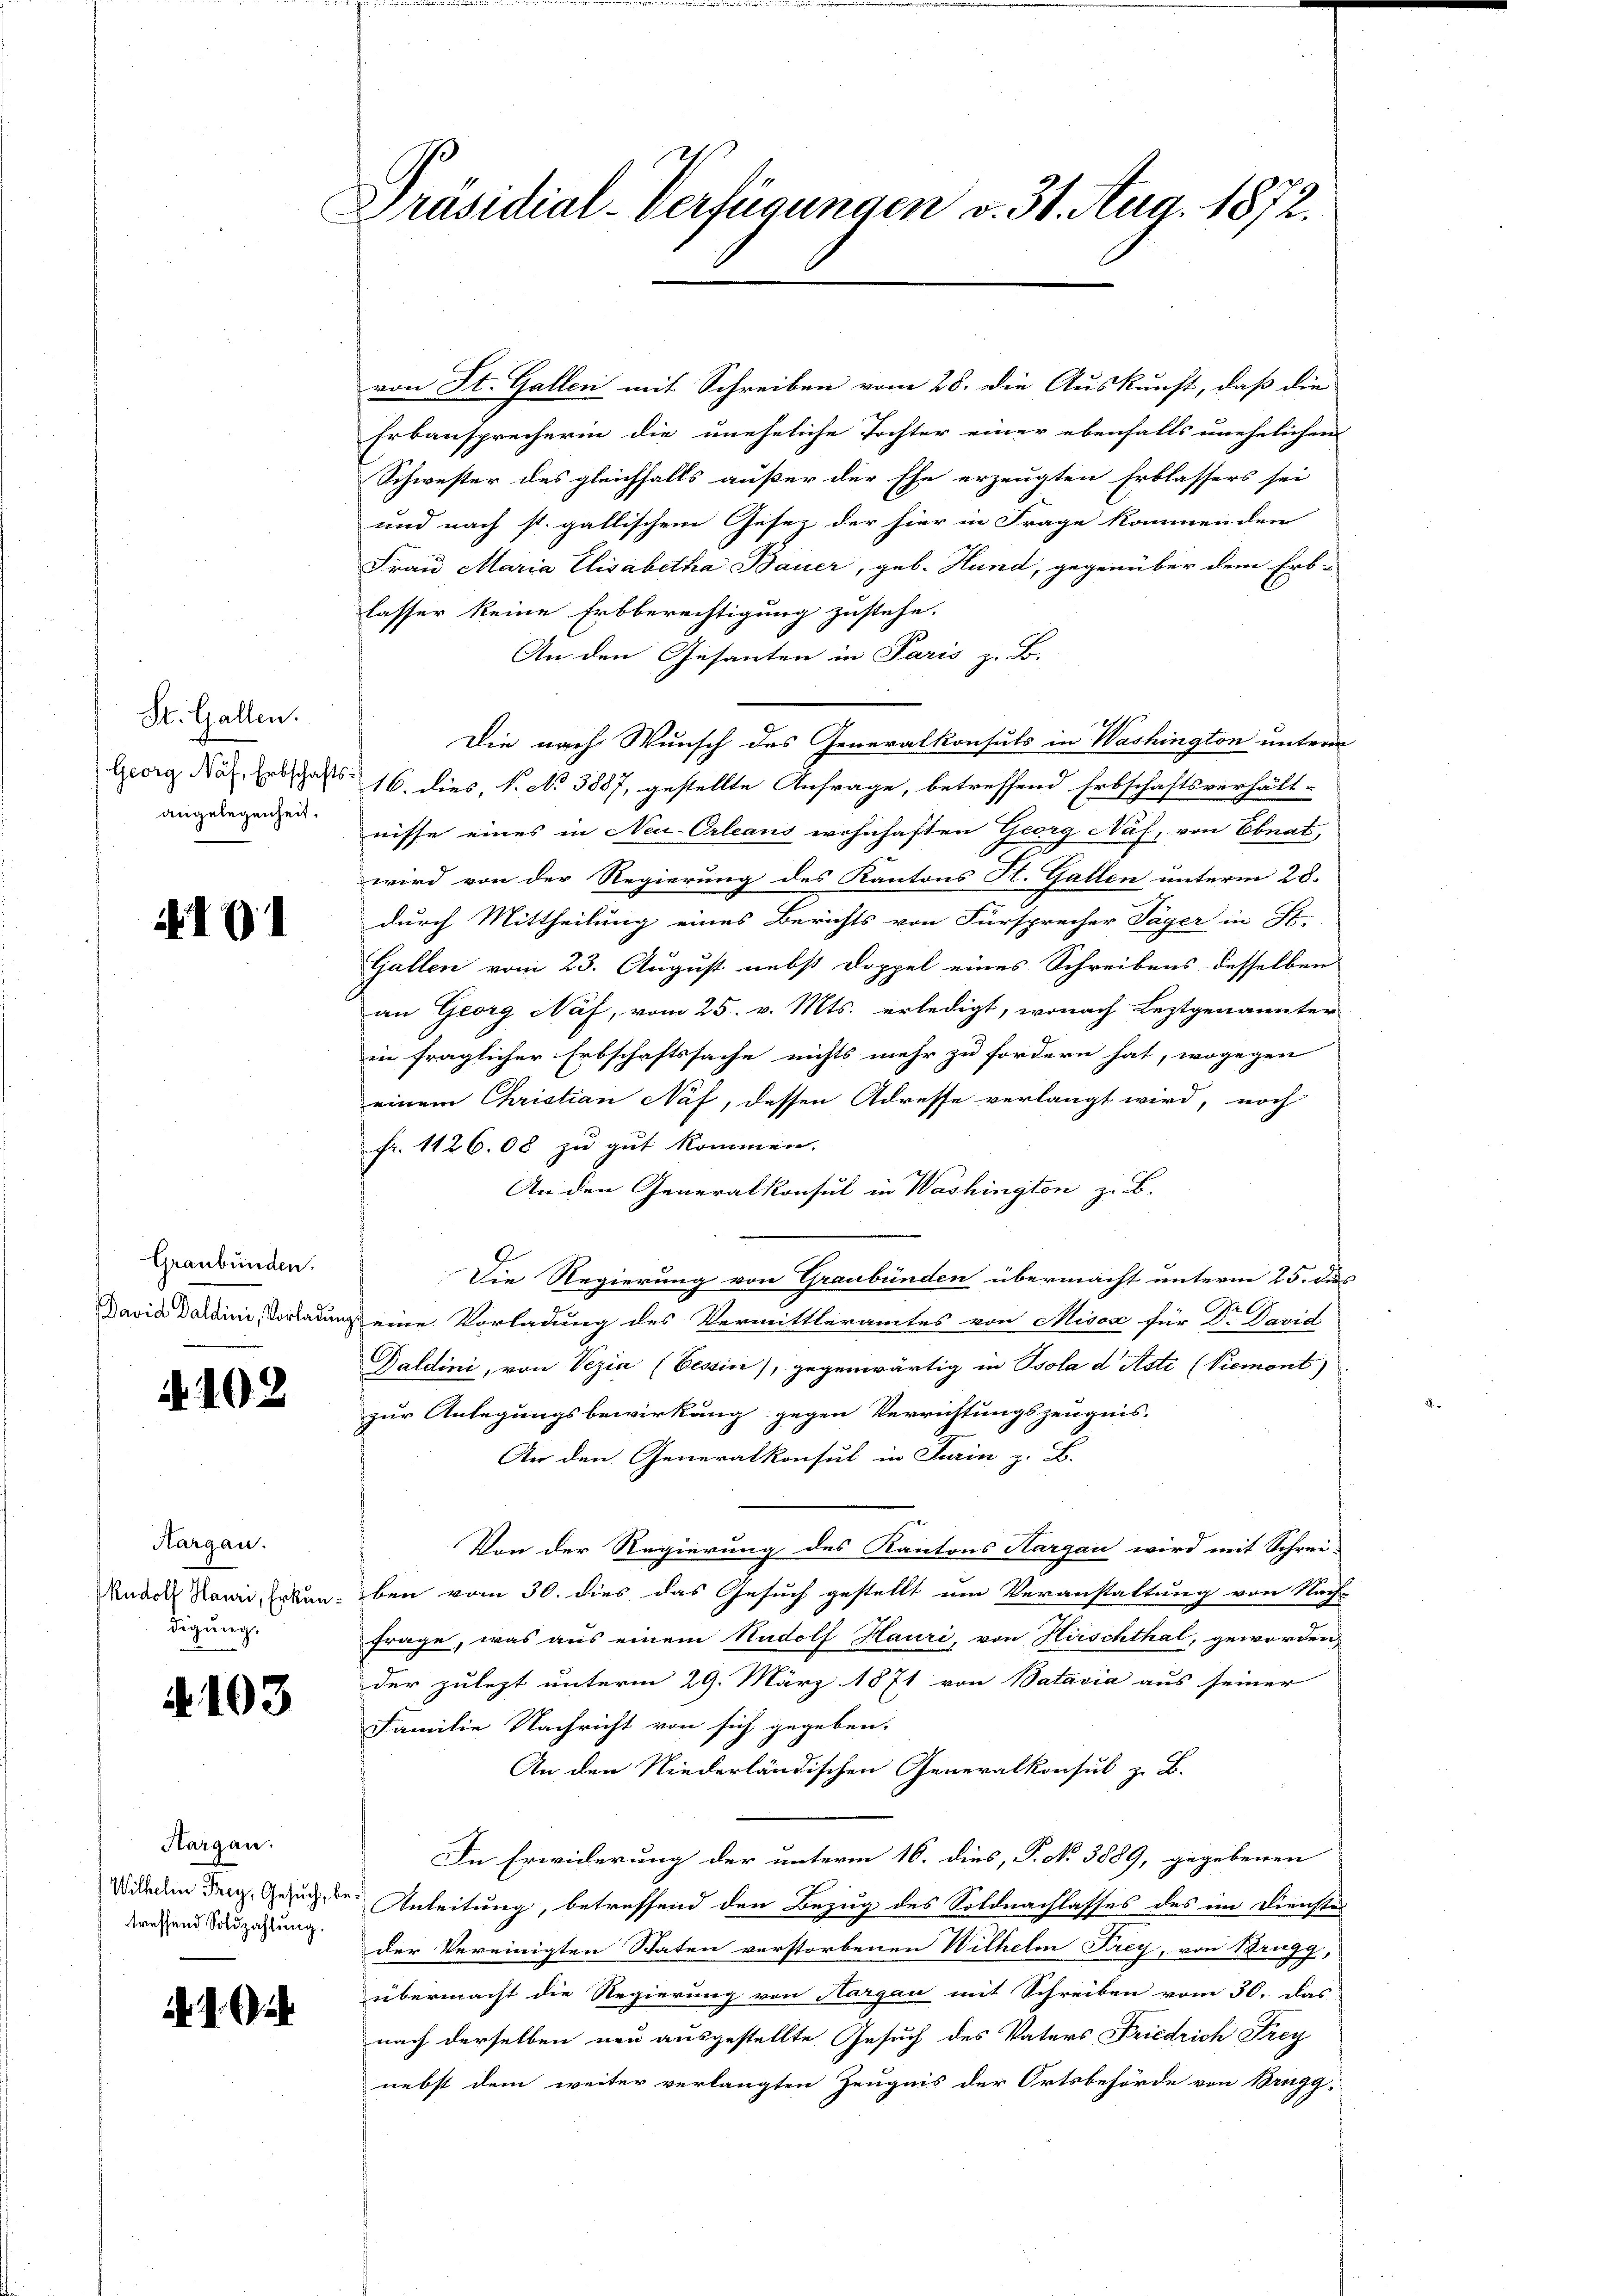
St. Gallen.
Georg Näf, Erbschafts
angelegenheit.

I91

Graubünden.
David Daldini, Vorladung

4102

Aargau.
Rudolf Hauri, Erkundigung,

4103

Hargau.
Wilhelm Frey, Gesuch, b.
treffend Soldzahlung.

d. 1.

Präsidial-Verfügungen v. 31. Aug. 1872.

von St. Gallen mit Schreiben vom 28. die Auskunft, daß die
Erbausprecherin die uneheliche Tochter einer ebenfalls unehelichen
Schwester des gleichfalls außer der Ehe erzeugten Erblassers sei
und nach st. gallischem Gesez der hier in Frage kommenden
Frau Maria Elisabetha Bauer, geb. Hund, gegenüber dem Erb-
lasser keine Erbberechtigung zustehe.
An den Gesanten in Paris z. B.
Die nach Wunsch des Generalkonsuls in Washington unterm
16. dies, S. No 3887, gestellte Anfrage, betreffend Erbschaftsverhält-
nisse eines in Neu-Orleans wohnhaften Georg Näf, von Ebnat,
wird von der Regierung des Kantons St. Gallen unterm 28.
durch Mittheilung eines Berichts von Fürsprecher Täger in St.
Gallen vom 23. August nebst Doppel eines Schreibens desselben
an Georg Näf, vom 25. v. Mts. erledigt, wonach Leztgenannter
in fraglicher Erbschaftssache nichts mehr zu fordern hat, wogegen
einem Christian Naf, dessen Adresse verlangt wird, noch
fr. 1126.08 zu gut kommen. |
An den Generalkonsul in Washington zu B.
Die Regierung von Graubünden übermacht unterm 25. dies
1
Deine Vorladung des Vermittleramtes von Misos für D. David
Daldini, von Vezia (Tessin, gegenwärtig in Psola d Asti (Viement)
zur Anlegungsbewirkung gegen Verrichtungszeugnis.
An den Generalkonsul in Turin z. B.
Von der Regierung des Kantons Sargau wird mit Schrei-
ben vom 30. dies das Gesuch gestellt um Veranstaltung von Nach-
frage, was aus einem Rudolf Hauri, von Hirschthal, geworden,
der zulegt unterm 29. März 1871 von Batavia aus seiner
Familie Nachricht von sich gegeben.
An den Niederländischen Generalkonsul z. B.
Die Erwiderung der unterm 16. dies, P. No 3889, gegebenen
.
Anleitung, betreffend den Bezug des Soldnachlasses des im Dienstes
der Vereinigten Staten verstorbenen Wilhelm Frey, von Brugg,
übermacht die Regierung von Aargau mit Schreiben vom 30. Das
nach derselben neu ausgestellte Gesuch des Vaters Friedrich Frey
nebst dem weiter verlangten Zeugnis der Ortsbehörde von Brugg,